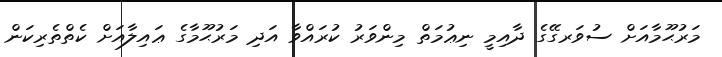
މަރުޙޫމާއަށް ސުވަރގޭގެ ދާއިމީ ނިޢުމަތް މިންވަރު ކުރައްވާ އަދި މަރުޙޫމާގެ ޢައިލާއަށް ކެތްތެރިކަން